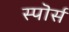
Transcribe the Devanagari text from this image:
स्पॊर्स